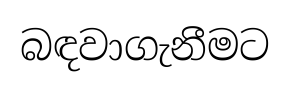
බඳවාගැනීමට